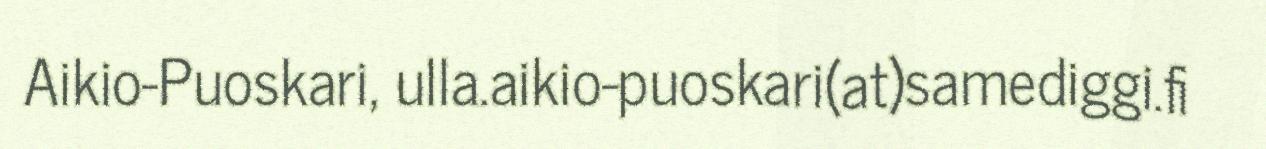
Aikio-Puoskari, ulla.aikio-puoskari(at)samediggi.fi